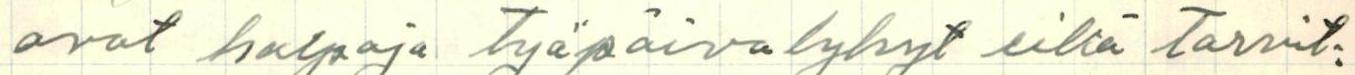
ovat halpoja Työpäivalyhyt eikä tarvit: